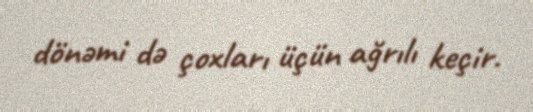
dönəmi də çoxları üçün ağrılı keçir.